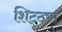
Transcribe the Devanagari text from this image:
शिट्ट्या